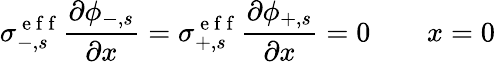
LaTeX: \sigma_{-,s}^{\mathrm{~e~f~f~}}\frac{\partial\phi_{-,s}}{\partial x}=\sigma_{+,s}^{\mathrm{~e~f~f~}}\frac{\partial\phi_{+,s}}{\partial x}=0\qquad x=0